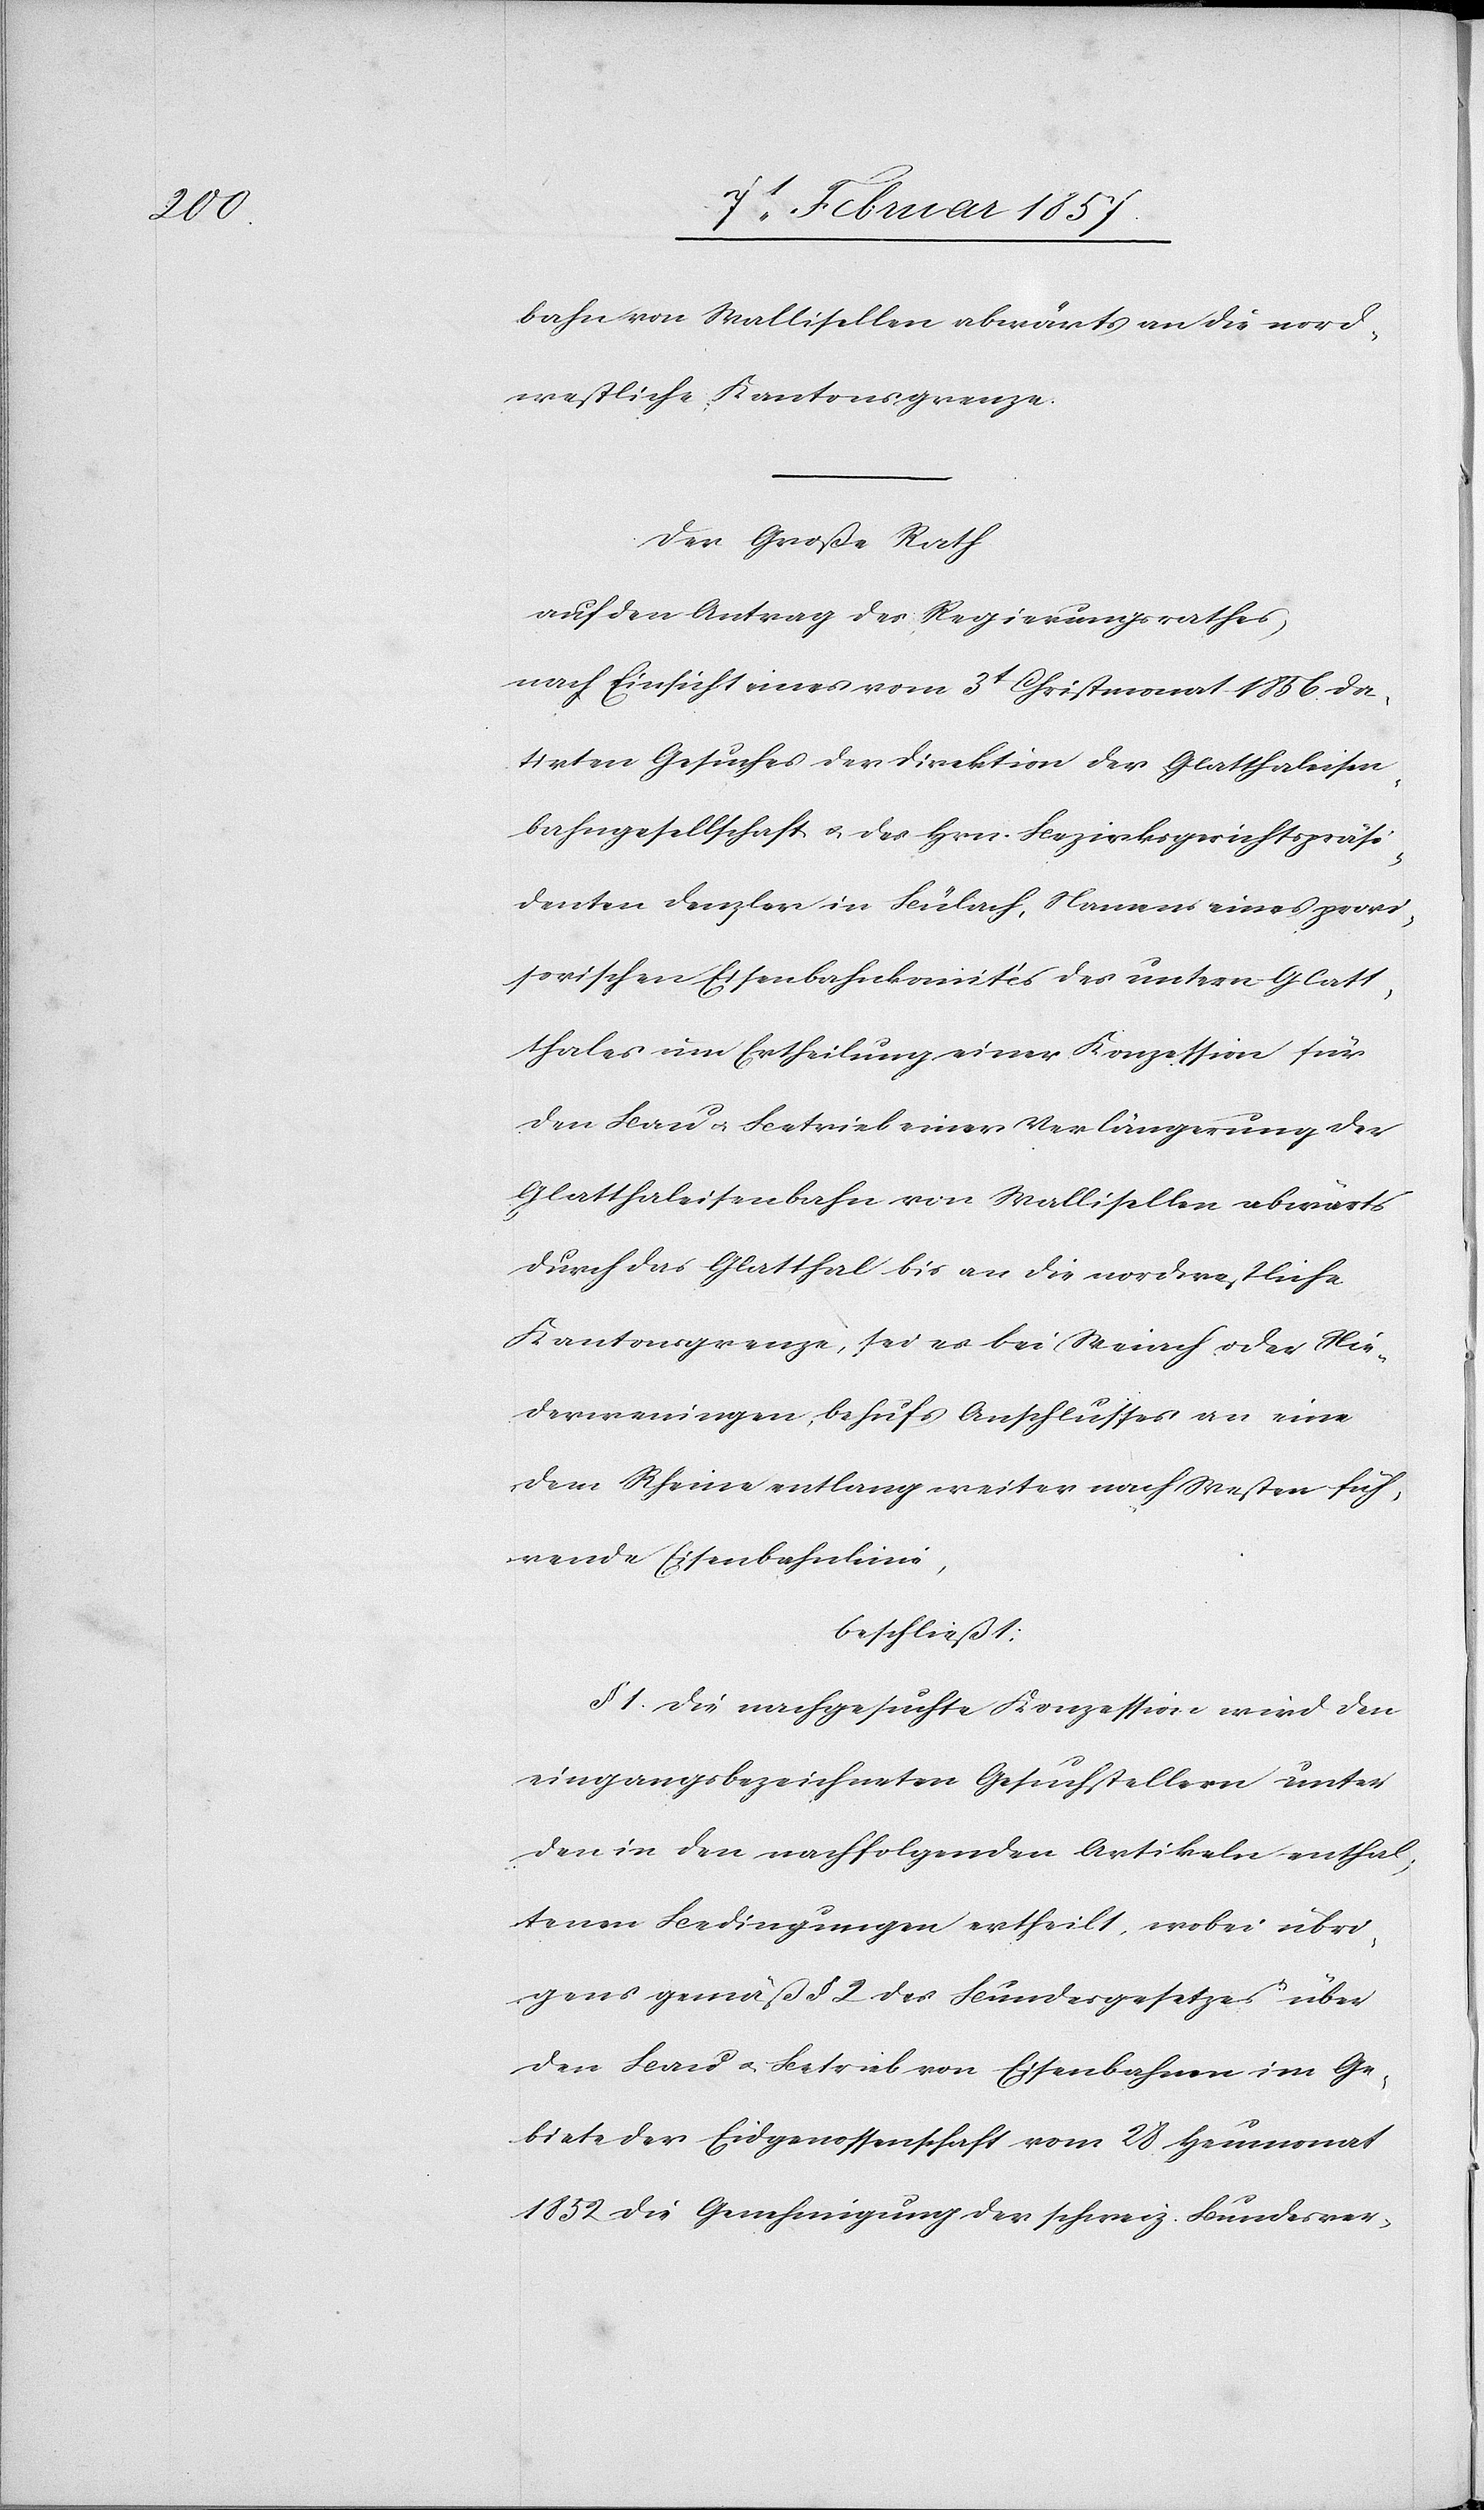
bahn von Wallisellen abwärts an die nord¬
westliche Kantonsgrenze.
Der Große Rath
auf den Antrag des Regierungsrathes
nach Einsicht eines vom 3t Christmonat 1856 da¬
tirten Gesuches der Direktion der Glatthaleisen¬
bahngesellschaft u. des Hrn. Bezirksgerichtspräsi¬
denten Denzler in Bülach, Namens eines provi¬
sorischen Eisenbahnkomités des untern Glatt¬
thaltes um Ertheilung einer Konzession für
den Bau u. Betrieb einer Verlängerung der
Glatthaleisenbahn von Wallisellen abwärts
durch das Glatthal bis an die nordwestliche
Kantonsgrenze, sei es bei Weiach oder Nie¬
derweningen, behufs Anschlusses an eine
dem Rheine entlang weiter nach Westen füh¬
rende Eisenbahnlinie,
beschließt:
§ 1. Die nachgesuchte Konzession wird den
eingangsbezeichneten Gesuchstellern unter
den in den nachfolgenden Artikeln enthal¬
tenen Bedingungen ertheilt, wobei übri¬
gens gemäss § 2 des Bundesgesetzes über
den Bau u. Betrieb von Eisenbahnen im Ge¬
biete der Eidgenossenschaft vom 28 Heumonat
1852 die Genehmigung der schweiz. Bundesver-